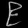
Digit: ၉